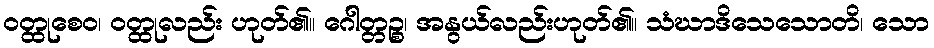
ဝတ္ထုစေဝ၊ ဝတ္ထုလည်း ဟုတ်၏။ ဂေါတ္တဉ္စ၊ အနွယ်လည်းဟုတ်၏။ သံဃာဒိသေသောတိ၊ သော